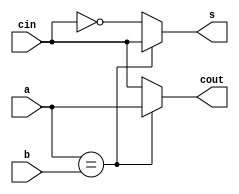
module fa_bh
(input a,b,cin,
output reg s,cout);

always @(a,b,cin)
begin
	if (a==b)
		begin
			s = cin;
			cout = a;
		end
	else 
		begin
			s = ~cin;
			cout = cin;
		end
end

endmodule